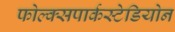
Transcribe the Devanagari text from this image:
फोल्क्सपार्कस्टेडियोन